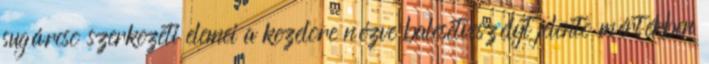
sugárcsõ szerkezeti elemei a kezelõre nézve balesetveszélyt jelentõ mértékben